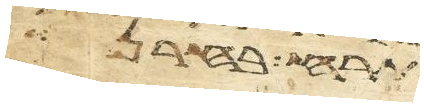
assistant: תרח בחרן